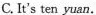
C. It's ten yuan.